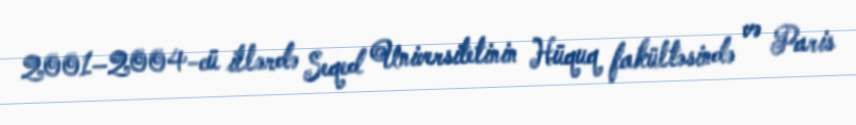
2001–2004-cü illərdə Seqed Universitetinin Hüquq fakültəsində və Paris